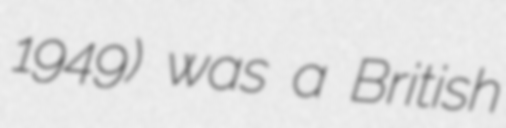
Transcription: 1949) was a British